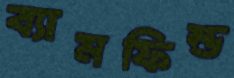
ব্যামফিল্ড